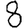
Digit: 8